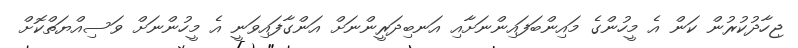
ޖިހާދުކުރުން ކަން އެ މީހުންގެ މައިންބަފައިންނަށާއި އަނބިދަރީންނަށް އަންގާފައިވަނީ އެ މީހުންނަށް ވަސިއްޔަތްކޮށް